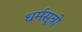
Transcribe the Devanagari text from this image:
धर्मसूत्रो